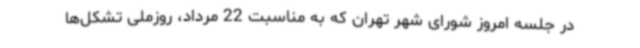
در جلسه امروز شورای شهر تهران که به مناسبت 22 مرداد، روزملی تشکل‌ها